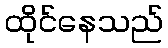
ထိုင်နေသည်